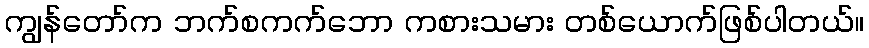
ကျွန်တော်က ဘက်စကက်ဘော ကစားသမား တစ်ယောက်ဖြစ်ပါတယ်။